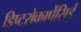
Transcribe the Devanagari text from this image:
डिप्टरोकार्पेसिई